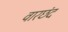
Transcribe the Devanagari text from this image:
वारछंद